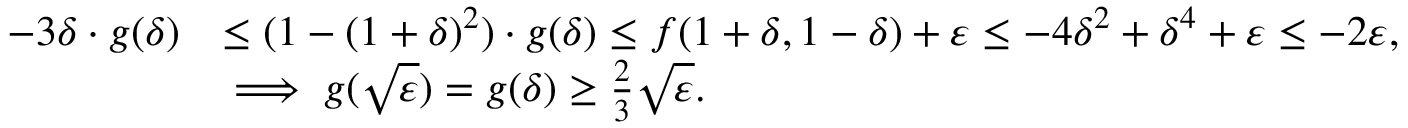
\begin{array} { r l } { - 3 \delta \cdot g ( \delta ) } & { \leq ( 1 - ( 1 + \delta ) ^ { 2 } ) \cdot g ( \delta ) \leq f ( 1 + \delta , 1 - \delta ) + \varepsilon \leq - 4 \delta ^ { 2 } + \delta ^ { 4 } + \varepsilon \leq - 2 \varepsilon , } \\ & { \implies g ( \sqrt { \varepsilon } ) = g ( \delta ) \geq \frac { 2 } { 3 } \sqrt { \varepsilon } . } \end{array}